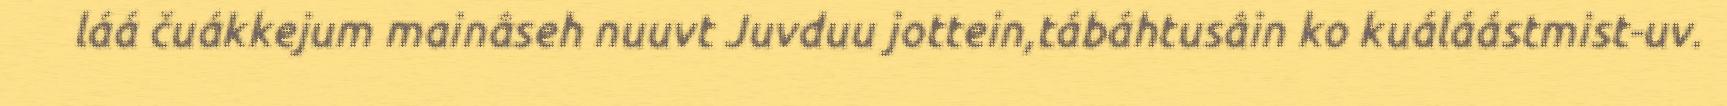
láá čuákkejum mainâseh nuuvt Juvduu jottein,tábáhtusâin ko kuáláástmist-uv.